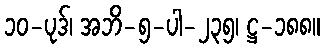
၁၀-ပုဒ်၊ အဘိ-၅-ပါ-၂၃၅၊ ဋ္ဌ-၁၈၈။